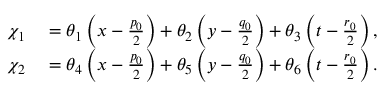
\begin{array} { r l } { \chi _ { 1 } } & { { } = \theta _ { 1 } \left( x - \frac { p _ { 0 } } { 2 } \right) + \theta _ { 2 } \left( y - \frac { q _ { 0 } } { 2 } \right) + \theta _ { 3 } \left( t - \frac { r _ { 0 } } { 2 } \right) , } \\ { \chi _ { 2 } } & { { } = \theta _ { 4 } \left( x - \frac { p _ { 0 } } { 2 } \right) + \theta _ { 5 } \left( y - \frac { q _ { 0 } } { 2 } \right) + \theta _ { 6 } \left( t - \frac { r _ { 0 } } { 2 } \right) . } \end{array}